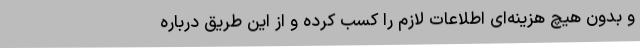
و بدون هیچ هزینه‌ای اطلاعات لازم را کسب کرده و از این طریق درباره